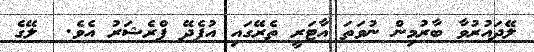
ލޭދައުރުވާ ބާރުމިން ނުވަތަ އާޓަރީ ތެރޭގައި އުފެދޭ ޕްރެޝަރު އެވެ.  ލޭގެ